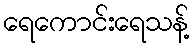
ရေကောင်းရေသန့်